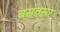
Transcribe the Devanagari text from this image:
बसंतसर